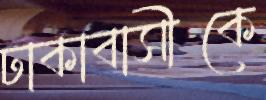
ঢাকাবাসীকে